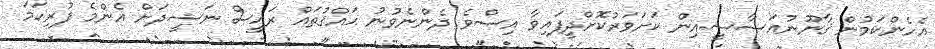
އެހެންކަމުން ޤާނޫނުއަސާސީއިން ކަށަވަރުކޮށްދީފައިވާ އިސްވެ ދެންނެވުނު ޙައްޤުތައް ރައީސް ނަޝީދަށް އެންމެ ފުރިހަމަ